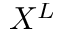
X ^ { L }